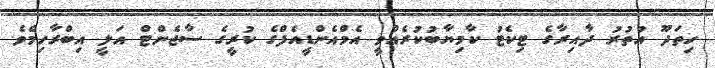
ހިތަދޫ އުތުރު ދާއިރާގެ ޓިކެޓު ކާމިޔާބުކުރެއްވީ އެމްއެންޑީއެފްގެ ކުރީގެ ސާޖެންޓް އަލީ އިބްރާހިމެވެ.